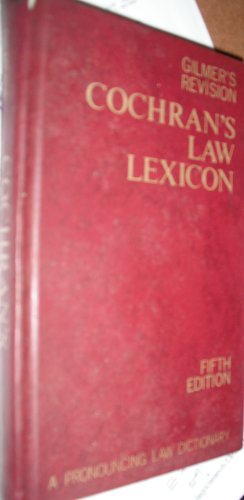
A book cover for Cochran's Law Lexicon, Gilmer's Revision, Pronouncing Edition; W.C.; Gilmer, Wesley Cochran; Law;